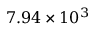
7 . 9 4 \times 1 0 ^ { 3 }